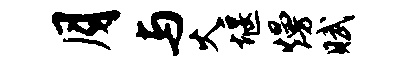
月与火堰熳赋